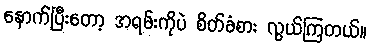
နောက်ပြီးတော့ အရမ်းကိုပဲ စိတ်ခံစား လွယ်ကြတယ်။